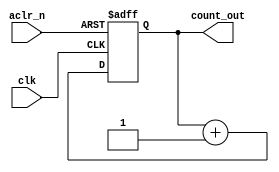
// Christopher Hays
// ECE 176
// 2-bit counter with asynchronous reset
// counter.v


module counter(input clk, aclr_n, output reg [1:0] count_out);

	always @(posedge clk, negedge aclr_n)begin
		if (~aclr_n)
			count_out <= 0;
		else
			count_out <= count_out + 1;
	end

endmodule